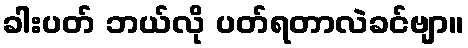
ခါးပတ် ဘယ်လို ပတ်ရတာလဲခင်ဗျာ။